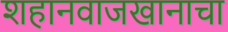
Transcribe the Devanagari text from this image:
शहानवाजखानाचा